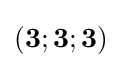
(\mathbf {3} ;\mathbf {3} ;\mathbf {3} )